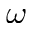
\omega